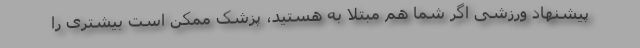
پیشنهاد ورزشی اگر شما هم مبتلا به هستید، پزشک ممکن است بیشتری را